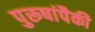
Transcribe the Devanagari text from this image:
पुरूषांपैकी